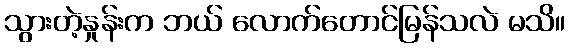
သွားတဲ့နှုန်းက ဘယ် လောက်တောင်မြန်သလဲ မသိ။